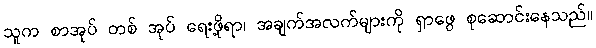
သူက စာအုပ် တစ် အုပ် ရေးဖို့ရာ၊ အချက်အလက်များကို ရှာဖွေ စုဆောင်းနေသည်။